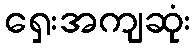
ရှေးအကျဆုံး